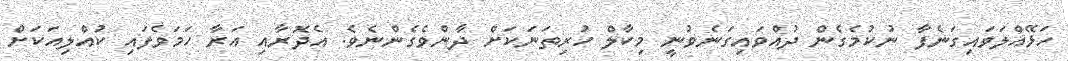
ހަޅޭއްލަވައިގަނެފާ ނުކުމެގެން ދުއްވައިގަނެވުނީ މިކާލް ހުރިތަނަކަށް ދާންވެގެންނެވެ. އެދޮރާއި އަރާ ހަމަވެފައި ކުއްލިއަކަށް